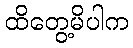
ထိတွေ့မိပါက